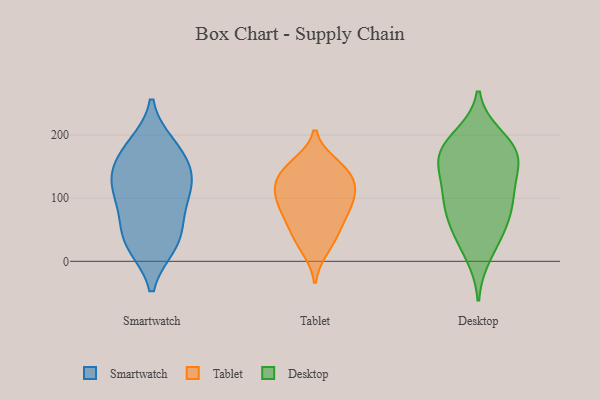
{"axis": {"x": "Active Users", "y": "Value"}, "legend": ["Desktop", "Smartwatch", "Tablet"], "data": [{"x": "", "y": 175, "type": "Smartwatch"}, {"x": "", "y": 120, "type": "Smartwatch"}, {"x": "", "y": 121, "type": "Smartwatch"}, {"x": "", "y": 132, "type": "Smartwatch"}, {"x": "", "y": 29, "type": "Smartwatch"}, {"x": "", "y": 167, "type": "Smartwatch"}, {"x": "", "y": 80, "type": "Smartwatch"}, {"x": "", "y": 32, "type": "Smartwatch"}, {"x": "", "y": 71, "type": "Smartwatch"}, {"x": "", "y": 26, "type": "Smartwatch"}, {"x": "", "y": 126, "type": "Smartwatch"}, {"x": "", "y": 183, "type": "Smartwatch"}, {"x": "", "y": 52, "type": "Tablet"}, {"x": "", "y": 153, "type": "Tablet"}, {"x": "", "y": 92, "type": "Tablet"}, {"x": "", "y": 37, "type": "Tablet"}, {"x": "", "y": 20, "type": "Tablet"}, {"x": "", "y": 130, "type": "Tablet"}, {"x": "", "y": 75, "type": "Tablet"}, {"x": "", "y": 115, "type": "Tablet"}, {"x": "", "y": 114, "type": "Tablet"}, {"x": "", "y": 146, "type": "Tablet"}, {"x": "", "y": 102, "type": "Tablet"}, {"x": "", "y": 77, "type": "Tablet"}, {"x": "", "y": 143, "type": "Tablet"}, {"x": "", "y": 52, "type": "Desktop"}, {"x": "", "y": 161, "type": "Desktop"}, {"x": "", "y": 178, "type": "Desktop"}, {"x": "", "y": 165, "type": "Desktop"}, {"x": "", "y": 154, "type": "Desktop"}, {"x": "", "y": 89, "type": "Desktop"}, {"x": "", "y": 99, "type": "Desktop"}, {"x": "", "y": 112, "type": "Desktop"}, {"x": "", "y": 67, "type": "Desktop"}, {"x": "", "y": 40, "type": "Desktop"}, {"x": "", "y": 197, "type": "Desktop"}, {"x": "", "y": 10, "type": "Desktop"}, {"x": "", "y": 188, "type": "Desktop"}, {"x": "", "y": 106, "type": "Desktop"}, {"x": "", "y": 157, "type": "Desktop"}]}